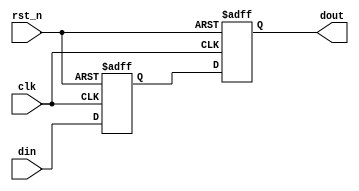
// This program was cloned from: https://github.com/verimake-team/SparkRoad-V
// License: MIT License

//-----------------------------------------------------------------------------
// The confidential and proprietary information contained in this file may
// only be used by a person authorised under and to the extent permitted
// by a subsisting licensing agreement from ARM Limited.
//
//            (C) COPYRIGHT 2013 ARM Limited.
//                ALL RIGHTS RESERVED
//
// This entire notice must be reproduced on all copies of this file
// and copies of this file may only be made by a person if such person is
// permitted to do so under the terms of a subsisting license agreement
// from ARM Limited.
//
//      SVN Information
//
//      Checked In          : $Date: 2017-07-25 15:10:13 +0100 (Tue, 25 Jul 2017) $
//
//      Revision            : $Revision: 368444 $
//
//      Release Information : Cortex-M0 DesignStart-r2p0-00rel0
//
//-----------------------------------------------------------------------------
//-----------------------------------------------------------------------------
// Abstract : I2S interface double flip-flop synchronization
//-----------------------------------------------------------------------------

module i2s_sync_cell (
  input   wire     clk,
  input   wire     rst_n,
  input   wire     din,
  output  wire     dout
  );

  reg   sync1;
  reg   sync2;

  // synchroniser
  always @ (posedge clk or negedge rst_n)
    if (!rst_n)
      begin
       sync1  <= 1'b0;
       sync2  <= 1'b0;
      end
    else
      begin
        sync1 <= din;
        sync2 <= sync1;
      end
  
  assign dout = sync2;

endmodule